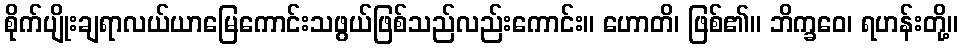
စိုက်ပျိုးချရာလယ်ယာမြေကောင်းသဖွယ်ဖြစ်သည်လည်းကောင်း။ ဟောတိ၊ ဖြစ်၏။ ဘိက္ခဝေ၊ ရဟန်းတို့။